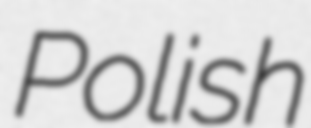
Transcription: Polish